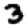
Digit: 3